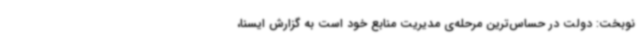
نوبخت: دولت در حساس‌ترین مرحله‌ی مدیریت منابع خود است به گزارش ایسنا،